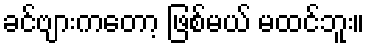
ခင်ဗျားကတော့ ဖြစ်မယ် မထင်ဘူး။